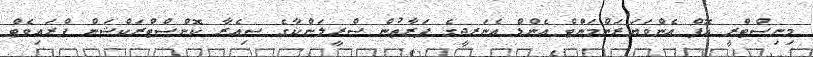
މިނިސްޓްރީ އޮފް އެންވަޔަރަންމަންޓް އެންޑް އެނަރޖީގެ ފަރާތުން ސްރީލަންކާގެ ސިއެރާ ކޮންސްޓްރަކްޝަން ޕްރައިވެޓް